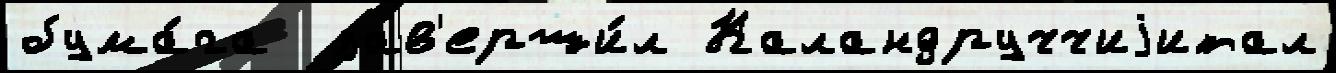
бума́га  зав'ерши́л Каландруччиjитал